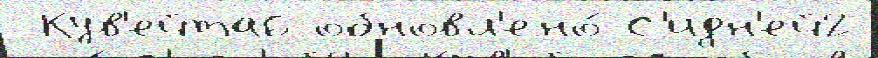
 Кув'ейта6 обновл'ено́ С'идн'ей2